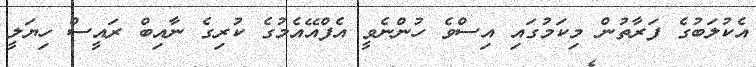
އެކުލަބުގެ ފަރާތުން މިކަމުގައި އިސްވެ ހުންނެވީ އެފްއޭއެމުގެ ކުރިގެ ނާއިބް ރައީސް ހިޔަލީ